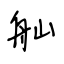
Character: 舢